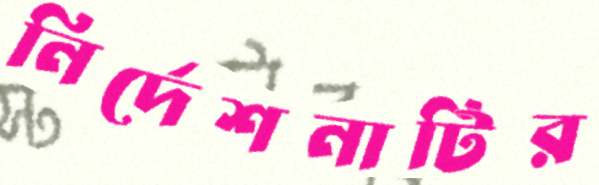
নির্দেশনাটির